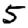
Digit: 5